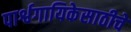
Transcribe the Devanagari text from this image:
पार्श्वगायिकेसाठीचे